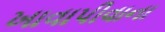
ખાવાપીવાના